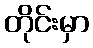
တိုင်းမှာ